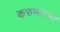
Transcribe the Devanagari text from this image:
करुणरत्ना